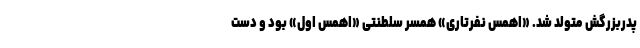
پدربزرگش متولد شد. «اهمس نفرتاری» همسر سلطنتی «اهمس اول» بود و دست